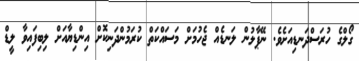
ގޯލްގެ ހުރަސްދަނޑިއަށެވެ. ނޭޕާލުން ލަނޑެއް ޖެހުމަށް މަސައްކަތް ކުރަމުންދަނިކޮށް އިންޑިޔާއަށް ލިބިފައިވާ ލީޑް